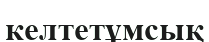
келтетұмсық